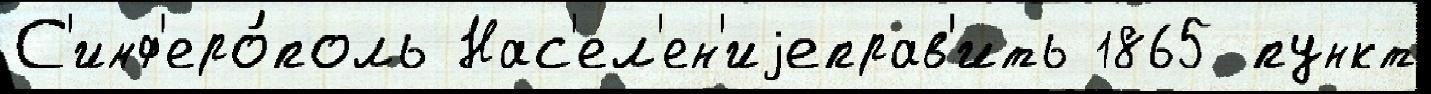
С'имф'еро́поль Нас'ел'ен'иjеправ'ить 1865 пункт